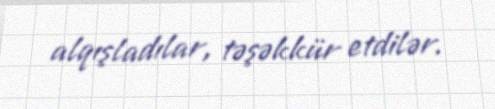
alqışladılar, təşəkkür etdilər.